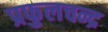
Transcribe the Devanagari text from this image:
प्रफुलचन्द्र